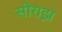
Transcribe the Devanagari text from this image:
सोराझ़